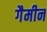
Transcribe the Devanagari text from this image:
गैमीन